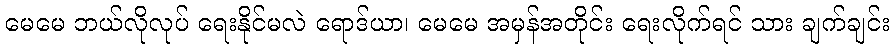
မေမေ ဘယ်လိုလုပ် ရေးနိုင်မလဲ ရောဒ်ယာ၊ မေမေ အမှန်အတိုင်း ရေးလိုက်ရင် သား ချက်ချင်း